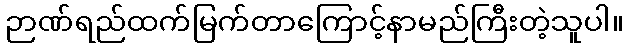
ဉာဏ်ရည်ထက်မြက်တာကြောင့်နာမည်ကြီးတဲ့သူပါ။